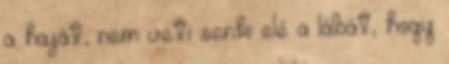
a haját, nem veti senki elé a lábát, hogy